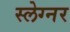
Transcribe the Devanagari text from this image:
स्लेग्नर